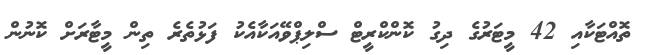
ތޮއްޓަކާއި 42 މީޓަރުގެ ދިގު ކޮންކްރީޓް ސްލިޕްވޭއަކާއެކު ފަޅުތެރެ ތިން މީޓާރަށް ކޮނުން